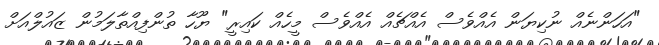
"އަހަންނެއް ނުކިޔަން އެއްވެސް އެއްޗެއް އެއްވެސް މީހެއް ކައިރީ" ޔޫހާ ތުންފިއްތާލަމުން ޒައުލްއަށް